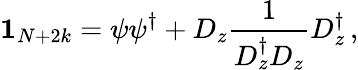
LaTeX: \textbf{1}_{N+2k}=\psi\psi^{\dagger}+D_{z}\frac{1}{D_{z}^{\dagger}D_{z}}D_{z}^{\dagger}\, ,